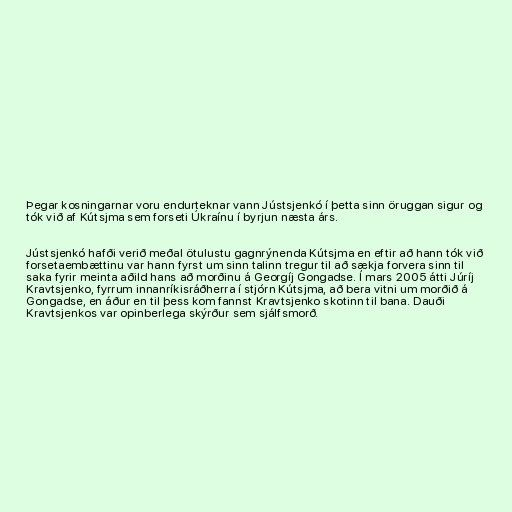
Þegar kosningarnar voru endurteknar vann Jústsjenkó í þetta sinn öruggan sigur og
tók við af Kútsjma sem forseti Úkraínu í byrjun næsta árs.

Jústsjenkó hafði verið meðal ötulustu gagnrýnenda Kútsjma en eftir að hann tók við
forsetaembættinu var hann fyrst um sinn talinn tregur til að sækja forvera sinn til
saka fyrir meinta aðild hans að morðinu á Georgíj Gongadse. Í mars 2005 átti Júríj
Kravtsjenko, fyrrum innanríkisráðherra í stjórn Kútsjma, að bera vitni um morðið á
Gongadse, en áður en til þess kom fannst Kravtsjenko skotinn til bana. Dauði
Kravtsjenkos var opinberlega skýrður sem sjálfsmorð.